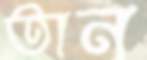
তান